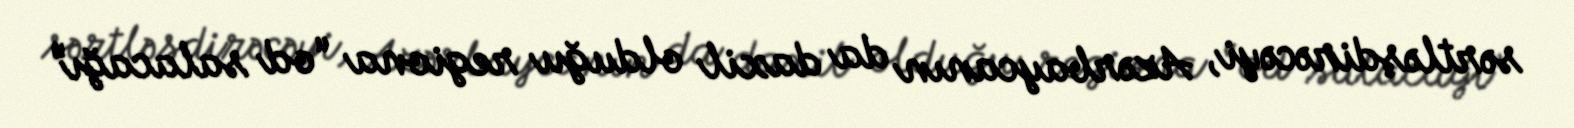
sərtləşdirəcəyi, Azərbaycanın da daxil olduğu regiona “od salacağı”